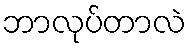
ဘာလုပ်တာလဲ